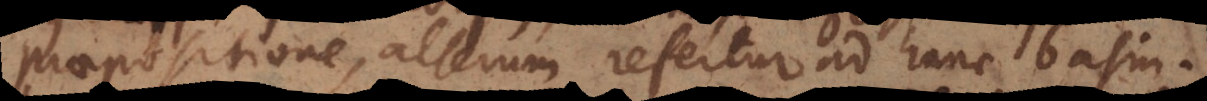
praepositione, alterum refertur ad hanc basin.